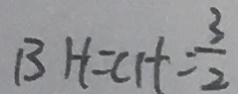
B H = C H = \frac { 3 } { 2 }